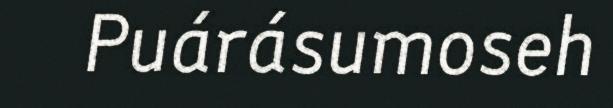
Puárásumoseh